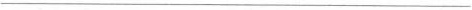
___